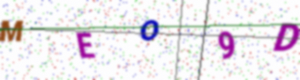
Text: MEO9D